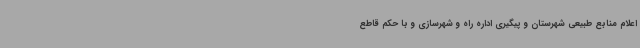
اعلام منابع طبیعی شهرستان و پیگیری اداره راه و شهرسازی و با حکم قاطع